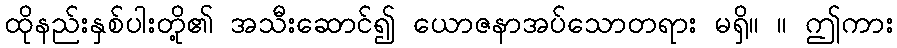
ထိုနည်းနှစ်ပါးတို့၏ အသီးဆောင်၍ ယောဇနာအပ်သောတရား မရှိ။ ။ ဤကား